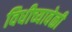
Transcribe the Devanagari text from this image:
विधीच्यावेळी